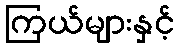
ကြယ်များနှင့်